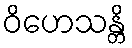
ဝိဟေသန္တိ